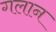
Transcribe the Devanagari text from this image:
गलान